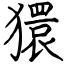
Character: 獧